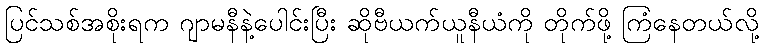
ပြင်သစ်အစိုးရက ဂျာမနီနဲ့ပေါင်းပြီး ဆိုဗီယက်ယူနီယံကို တိုက်ဖို့ ကြံနေတယ်လို့